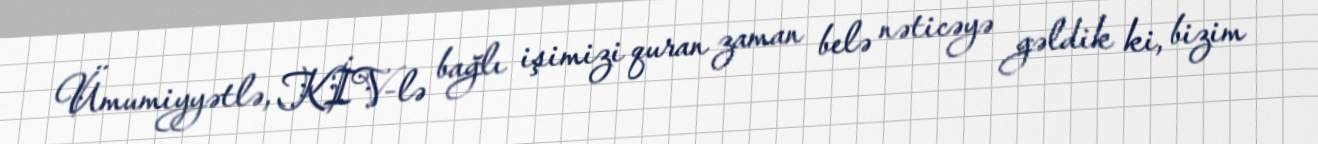
Ümumiyyətlə, KİV-lə bağlı işimizi quran zaman belə nəticəyə gəldik ki, bizim